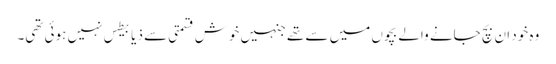
وہ خود ان بچ جانے والے بچوں میں سے تھے جنہیں خوش قسمتی سے ذیابیطس نہیں ہوئی تھی۔